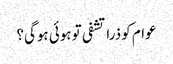
عوام کو ذرا تشفی تو ہوئی ہوگی؟